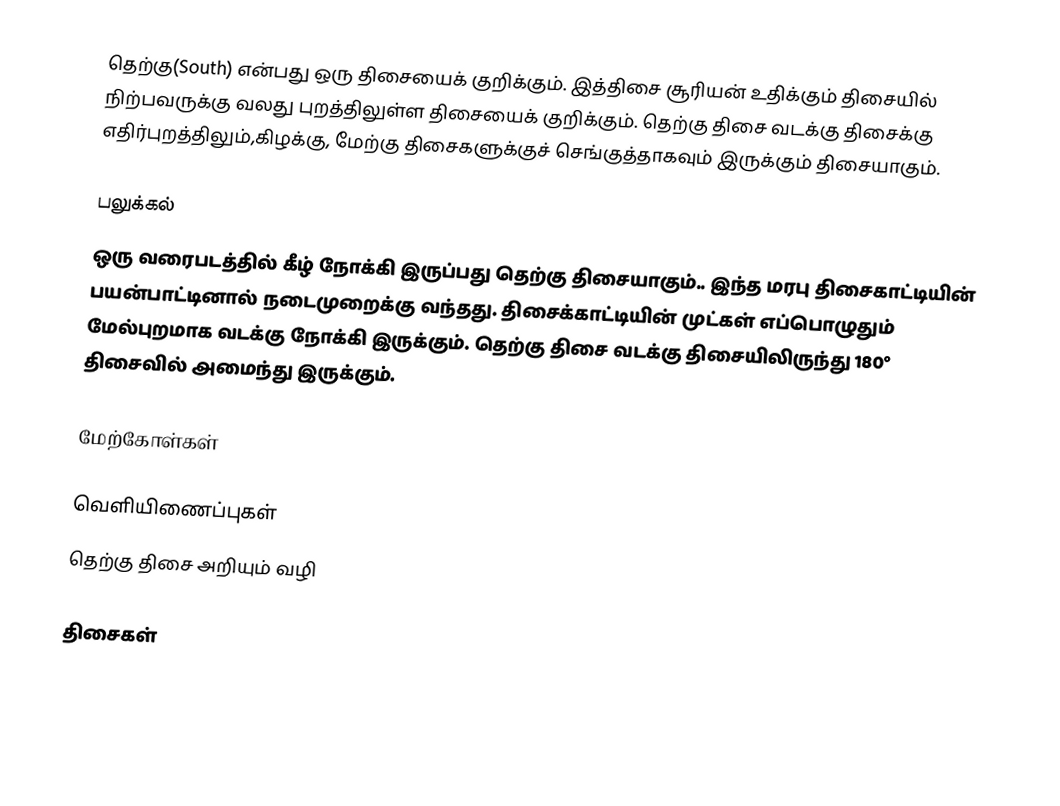
தெற்கு(South) என்பது ஒரு திசையைக் குறிக்கும். இத்திசை சூரியன் உதிக்கும் திசையில் நிற்பவருக்கு வலது புறத்திலுள்ள திசையைக் குறிக்கும். தெற்கு திசை வடக்கு திசைக்கு எதிர்புறத்திலும்,கிழக்கு, மேற்கு  திசைகளுக்குச் செங்குத்தாகவும் இருக்கும் திசையாகும்.

பலுக்கல்
ஒரு வரைபடத்தில் கீழ் நோக்கி இருப்பது தெற்கு திசையாகும்.. இந்த மரபு திசைகாட்டியின் பயன்பாட்டினால் நடைமுறைக்கு வந்தது. திசைக்காட்டியின் முட்கள் எப்பொழுதும் மேல்புறமாக வடக்கு நோக்கி இருக்கும். தெற்கு திசை வடக்கு திசையிலிருந்து 180° திசைவில் அமைந்து இருக்கும்.

மேற்கோள்கள்

வெளியிணைப்புகள்
 தெற்கு திசை அறியும் வழி

திசைகள்